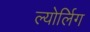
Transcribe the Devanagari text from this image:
ल्योर्लिग